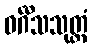
ဝင်္ဂီသသုတ္တံ